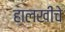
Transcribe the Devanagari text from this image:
हालखीचे